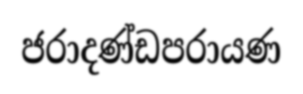
ජරාදණ්ඩපරායණ